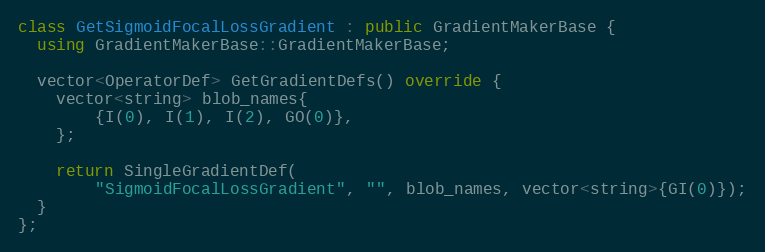
Language: C++
class GetSigmoidFocalLossGradient : public GradientMakerBase {
  using GradientMakerBase::GradientMakerBase;

  vector<OperatorDef> GetGradientDefs() override {
    vector<string> blob_names{
        {I(0), I(1), I(2), GO(0)},
    };

    return SingleGradientDef(
        "SigmoidFocalLossGradient", "", blob_names, vector<string>{GI(0)});
  }
};